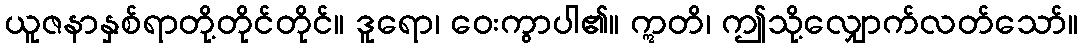
ယူဇနာနှစ်ရာတို့တိုင်တိုင်။ ဒူရော၊ ဝေးကွာပါ၏။ ဣတိ၊ ဤသို့လျှောက်လတ်သော်။